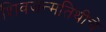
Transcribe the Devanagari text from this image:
शिवजन्मतिथीचे